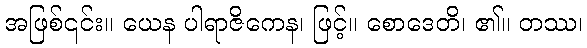
အဖြစ်၎င်း။ ယေန ပါရာဇိကေန၊ ဖြင့်။ စောဒေတိ၊ ၏။ တဿ၊